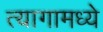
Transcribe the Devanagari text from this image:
त्यागामध्ये